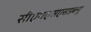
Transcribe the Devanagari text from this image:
सीएमएसएसडब्ल्यू